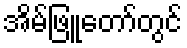
အိမ်ဖြူတော်တွင်